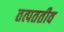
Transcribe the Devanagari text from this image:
तत्पततीव